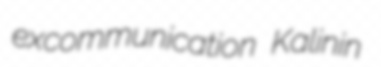
excommunication Kalinin